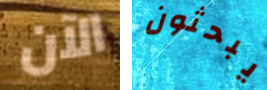
الآن يبحثون